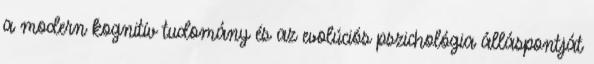
a modern kognitív tudomány és az evolúciós pszichológia álláspontját